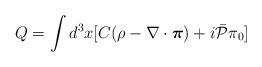
LaTeX: \begin{align*}Q=\int d^3 x [ C(\rho-\nabla\cdot\mbox{\boldmath$\pi$})+i\bar{{\cal P}}\pi_{0}]\end{align*}